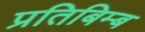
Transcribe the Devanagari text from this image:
प्रतिबिम्‍ब